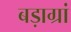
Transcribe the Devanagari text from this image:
बड़ाग्रां